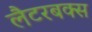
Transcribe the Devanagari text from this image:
लैटरबक्स